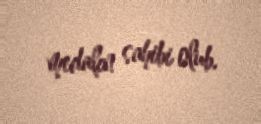
medalın sahibi olub.